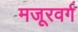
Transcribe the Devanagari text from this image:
मजूरवर्ग